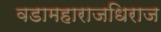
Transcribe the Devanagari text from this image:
वडामहाराजधिराज